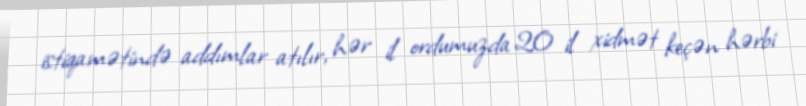
istiqamətində addımlar atılır, hər il ordumuzda 20 il xidmət keçən hərbi